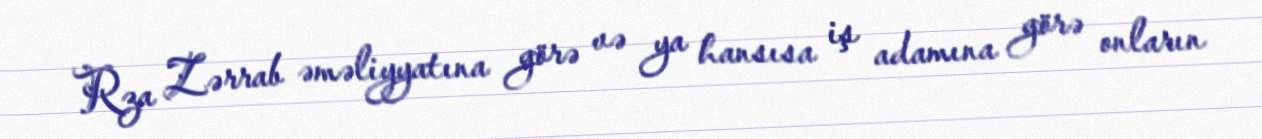
Rza Zərrab əməliyyatına görə və ya hansısa iş adamına görə onların